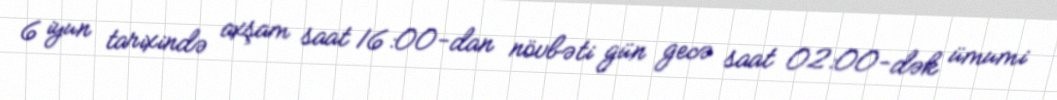
6 iyun tarixində axşam saat 16:00-dan növbəti gün gecə saat 02:00-dək ümumi